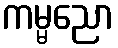
ကမ္မညော